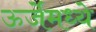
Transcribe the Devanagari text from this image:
ऊर्जेमध्ये